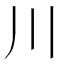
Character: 川